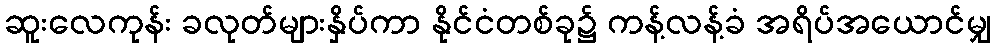
ဆူးလေကုန်း ခလုတ်များနှိပ်ကာ နိုင်ငံတစ်ခု၌ ကန့်လန့်ခံ အရိပ်အယောင်မျှ